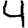
Digit: 4